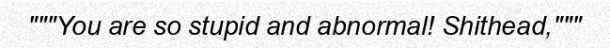
"""You are so stupid and abnormal! Shithead,"""